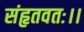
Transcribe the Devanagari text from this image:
संहृतवतः।।